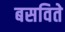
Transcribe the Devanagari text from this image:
बसविते